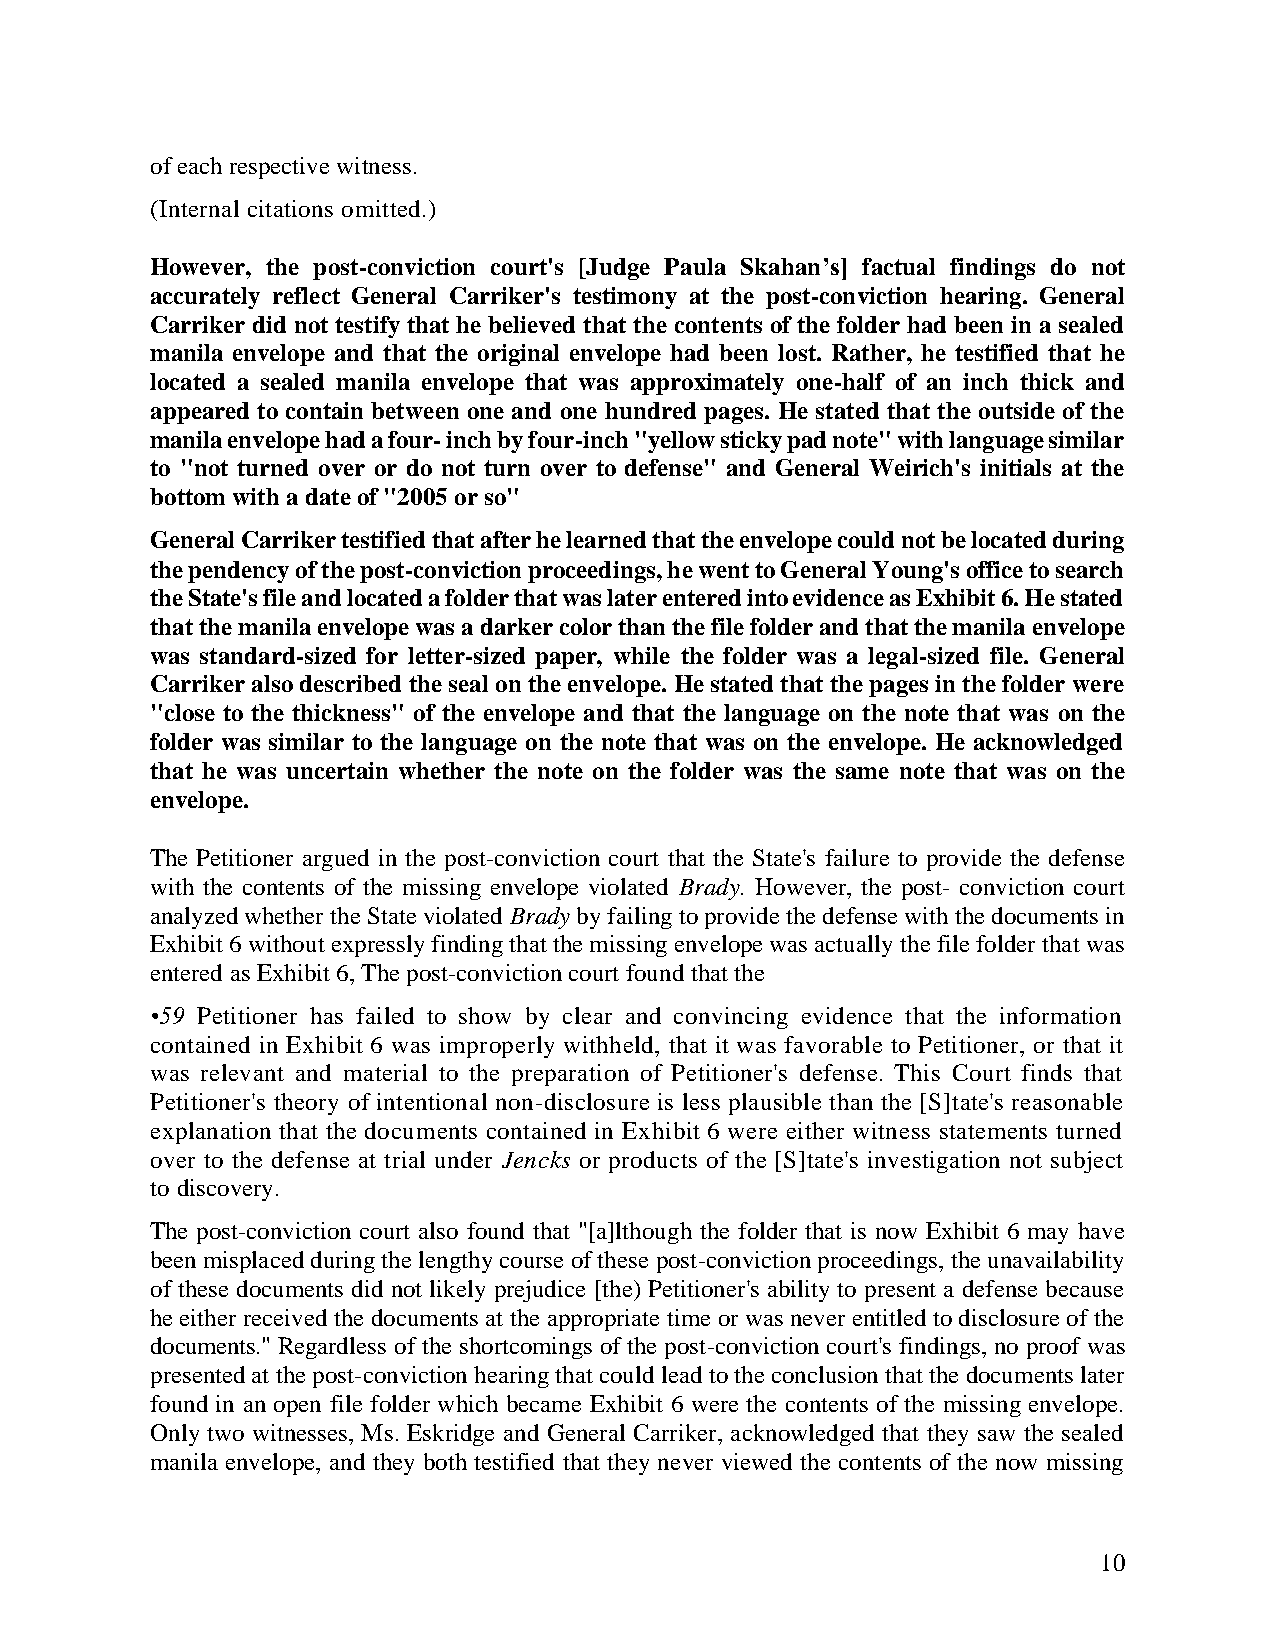
of each respective witness.
 (Internal citations omitted.)
 However, the post-conviction court's [Judge Paula Skahan’s] factual findings do not
 accurately reflect General Carriker's testimony at the post-conviction hearing. General
 Carriker did not testify that he believed that the contents of the folder had been in a sealed
 manila envelope and that the original envelope had been lost. Rather, he testified that he
 located a sealed manila envelope that was approximately one-half of an inch thick and
 appeared to contain between one and one hundred pages. He stated that the outside of the
 manila envelope had a four inch by four-inch "yellow sticky pad note" with language similar
 to "not turned over or do not turn over to defense" and General Weirich's initials at the
 bottom with a date of "2005 or so"
 General Carriker testified that after he learned that the envelope could not be located during
 the pendency of the post-conviction proceedings, he went to General Young's office to search
 the State's file and located a folder that was later entered into evidence as Exhibit 6. He stated
 that the manila envelope was a darker color than the file folder and that the manila envelope
 was standard-sized for letter-sized paper, while the folder was a legal-sized file. General
 Carriker also described the seal on the envelope. He stated that the pages in the folder were
 "close to the thickness" of the envelope and that the language on the note that was on the
 folder was similar to the language on the note that was on the envelope. He acknowledged
 that he was uncertain whether the note on the folder was the same note that was on the
 envelope.
 The Petitioner argued in the post-conviction court that the State's failure to provide the defense
 with the contents of the missing envelope violated Brady. However, the post conviction court
 analyzed whether the State violated Brady by failing to provide the defense with the documents in
 Exhibit 6 without expressly finding that the missing envelope was actually the file folder that was
 entered as Exhibit 6, The post-conviction court found that the
 •59 Petitioner has failed to show by clear and convincing evidence that the information
 contained in Exhibit 6 was improperly withheld, that it was favorable to Petitioner, or that it
 was relevant and material to the preparation of Petitioner's defense. This Court finds that
 Petitioner's theory of intentional non-disclosure is less plausible than the [S]tate's reasonable
 explanation that the documents contained in Exhibit 6 were either witness statements turned
 over to the defense at trial under Jencks or products of the [S]tate's investigation not subject
 to discovery.
 The post-conviction court also found that "[a]lthough the folder that is now Exhibit 6 may have
 been misplaced during the lengthy course of these post-conviction proceedings, the unavailability
 of these documents did not likely prejudice [the) Petitioner's ability to present a defense because
 he either received the documents at the appropriate time or was never entitled to disclosure of the
 documents." Regardless of the shortcomings of the post-conviction court's findings, no proof was
 presented at the post-conviction hearing that could lead to the conclusion that the documents later
 found in an open file folder which became Exhibit 6 were the contents of the missing envelope.
 Only two witnesses, Ms. Eskridge and General Carriker, acknowledged that they saw the sealed
 manila envelope, and they both testified that they never viewed the contents of the now missing
 10